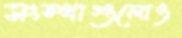
সংস্থাগুলোও